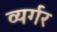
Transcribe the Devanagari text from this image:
व्यर्गर